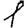
Digit: 1